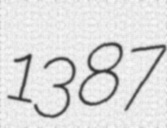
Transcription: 1387